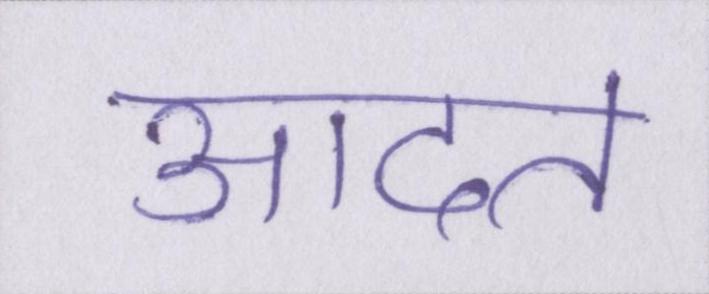
आदत